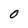
Character: O